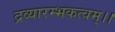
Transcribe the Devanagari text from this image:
द्रव्यारम्भकत्वम्।।